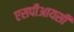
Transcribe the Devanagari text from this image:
एसपीआयसी